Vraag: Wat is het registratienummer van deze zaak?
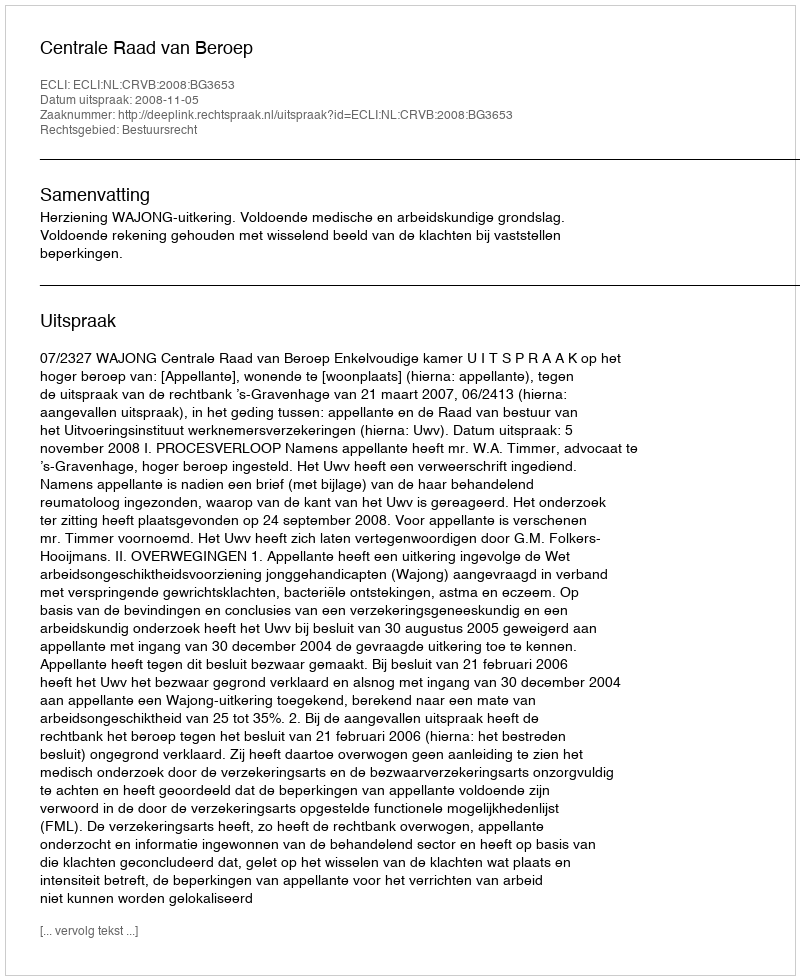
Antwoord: http://deeplink.rechtspraak.nl/uitspraak?id=ECLI:NL:CRVB:2008:BG3653